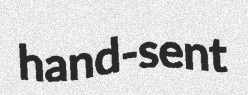
hand-sent